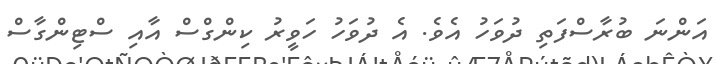
އަންނަ ބުރާސްފަތި ދުވަހު އެވެ. އެ ދުވަހު ހަވީރު ކިންގްސް އާއި ސްޓިންގާސް